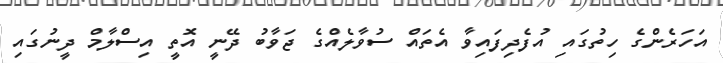
އަހަރެންގެ ހިތުގައި އުފެދިފައިވާ އެތައް ސުވާލެއްގެ ޖަވާބު ދޭނީ އޮތީ އިސްލާމް ދީނުގައި